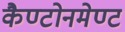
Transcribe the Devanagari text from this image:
कैण्टोनमेण्ट